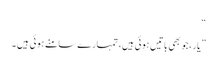
“
” یار ،جو بھی باتیں ہوئی ہیں، تمہارے سامنے ہوئی ہیں ۔